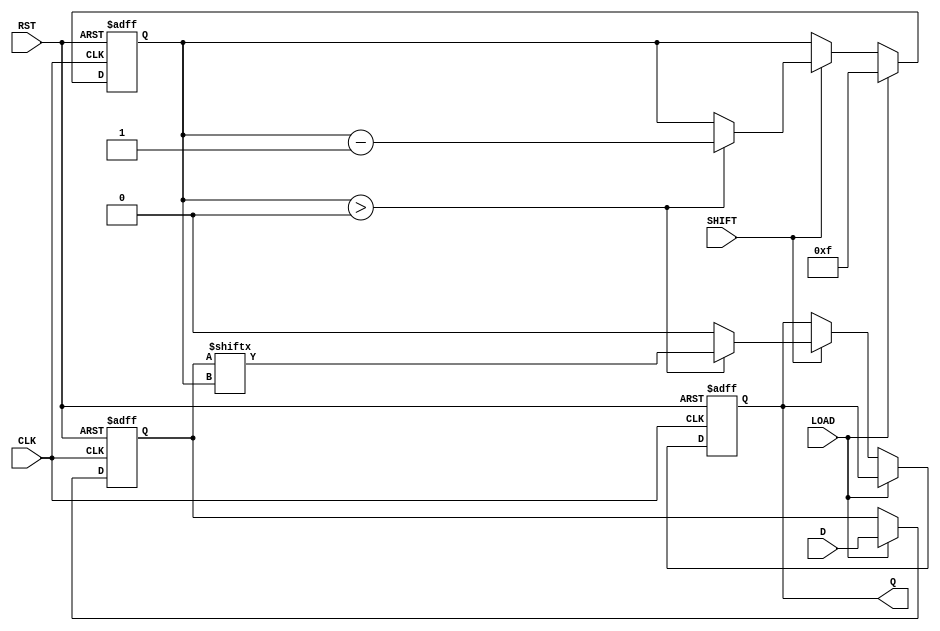
module PISO_Register (
    input wire [15:0] D,     // 16-bit parallel input
    input wire LOAD,         // Load control signal
    input wire SHIFT,        // Shift control signal
    input wire CLK,          // Clock signal
    input wire RST,          // Asynchronous reset signal
    output reg Q             // Serial output
);

    reg [15:0] shift_reg;    // 16-bit shift register
    reg [4:0] count;         // Count for shifting bits (0 to 15)

    // Asynchronous reset
    always @(posedge CLK or posedge RST) begin
        if (RST) begin
            shift_reg <= 16'b0; // Clear the register
            count <= 5'b0;      // Reset count
            Q <= 1'b0;          // Reset output
        end else begin
            if (LOAD) begin
                shift_reg <= D; // Load the data
                count <= 5'd15; // Initialize count for shifting
            end else if (SHIFT) begin
                if (count > 0) begin
                    Q <= shift_reg[count]; // Output the current bit
                    count <= count - 1;    // Decrement the count
                end else begin
                    Q <= 1'b0; // When no bits left to shift, output 0
                end
            end
        end
    end

    // Ensure Q has a valid state when shifting is not active
    always @(posedge CLK) begin
        if (!RST && !LOAD && SHIFT) begin
            // Q remains valid until count is decremented to 0
            // This will be handled in the first always block above
        end
    end

endmodule